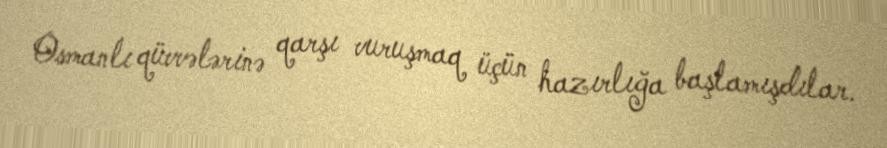
Osmanlı qüvvələrinə qarşı vuruşmaq üçün hazırlığa başlamışdılar.